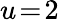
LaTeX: u\! =\! 2